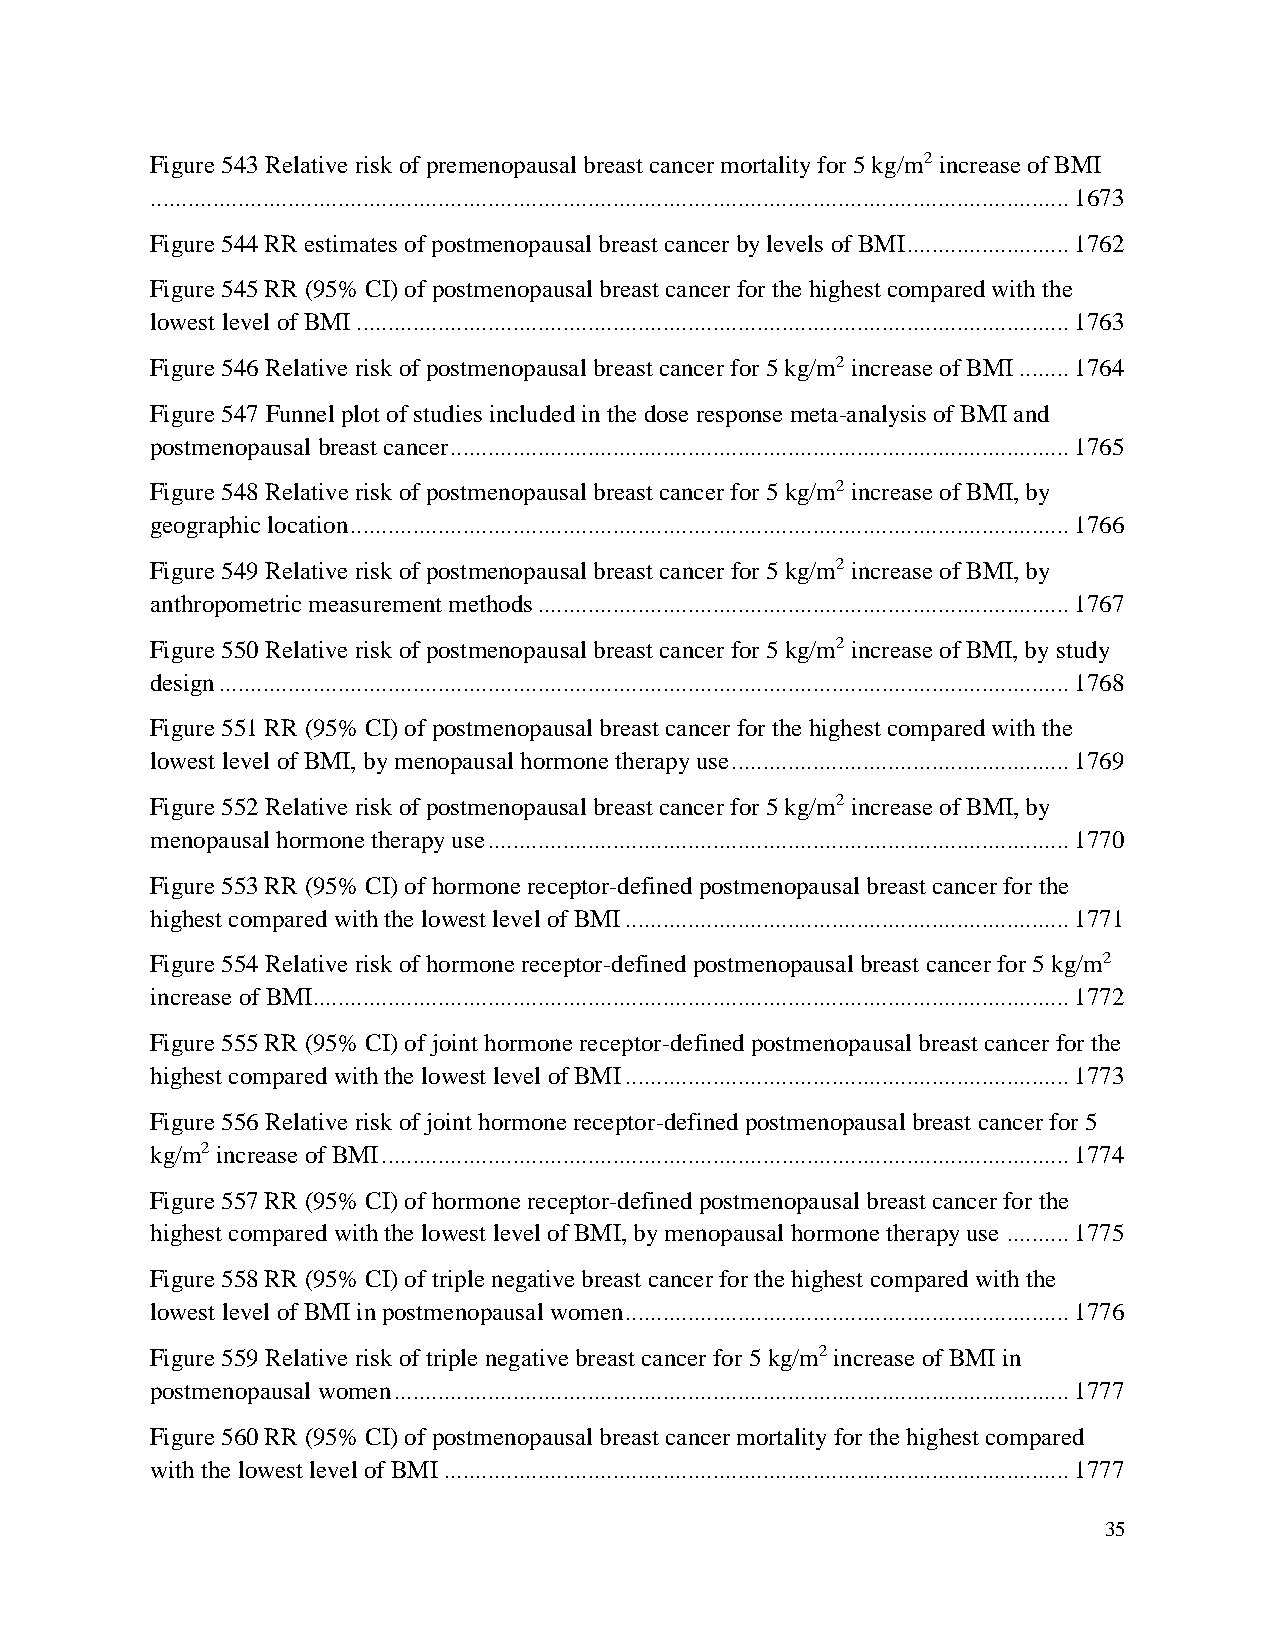
Figure 543 Relative risk of premenopausal breast cancer mortality for 5 kg/m2 increase of BMI
 ................................................................................................................................................... 1673
 Figure 544 RR estimates of postmenopausal breast cancer by levels of BMI .......................... 1762
 Figure 545 RR (95% CI) of postmenopausal breast cancer for the highest compared with the
 lowest level of BMI .................................................................................................................. 1763
 Figure 546 Relative risk of postmenopausal breast cancer for 5 kg/m2 increase of BMI ........ 1764
 Figure 547 Funnel plot of studies included in the dose response meta-analysis of BMI and
 postmenopausal breast cancer ................................................................................................... 1765
 Figure 548 Relative risk of postmenopausal breast cancer for 5 kg/m2 increase of BMI, by
 geographic location ................................................................................................................... 1766
 Figure 549 Relative risk of postmenopausal breast cancer for 5 kg/m2 increase of BMI, by
 anthropometric measurement methods ..................................................................................... 1767
 Figure 550 Relative risk of postmenopausal breast cancer for 5 kg/m2 increase of BMI, by study
 design ........................................................................................................................................ 1768
 Figure 551 RR (95% CI) of postmenopausal breast cancer for the highest compared with the
 lowest level of BMI, by menopausal hormone therapy use ...................................................... 1769
 Figure 552 Relative risk of postmenopausal breast cancer for 5 kg/m2 increase of BMI, by
 menopausal hormone therapy use ............................................................................................. 1770
 Figure 553 RR (95% CI) of hormone receptor-defined postmenopausal breast cancer for the
 highest compared with the lowest level of BMI ....................................................................... 1771
 Figure 554 Relative risk of hormone receptor-defined postmenopausal breast cancer for 5 kg/m2
 increase of BMI......................................................................................................................... 1772
 Figure 555 RR (95% CI) of joint hormone receptor-defined postmenopausal breast cancer for the
 highest compared with the lowest level of BMI ....................................................................... 1773
 Figure 556 Relative risk of joint hormone receptor-defined postmenopausal breast cancer for 5
 kg/m2 increase of BMI .............................................................................................................. 1774
 Figure 557 RR (95% CI) of hormone receptor-defined postmenopausal breast cancer for the
 highest compared with the lowest level of BMI, by menopausal hormone therapy use .......... 1775
 Figure 558 RR (95% CI) of triple negative breast cancer for the highest compared with the
 lowest level of BMI in postmenopausal women ....................................................................... 1776
 Figure 559 Relative risk of triple negative breast cancer for 5 kg/m2 increase of BMI in
 postmenopausal women ............................................................................................................ 1777
 Figure 560 RR (95% CI) of postmenopausal breast cancer mortality for the highest compared
 with the lowest level of BMI .................................................................................................... 1777
 35